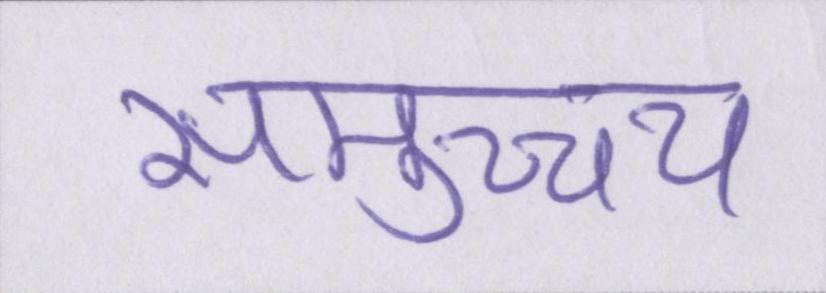
समुच्च्य